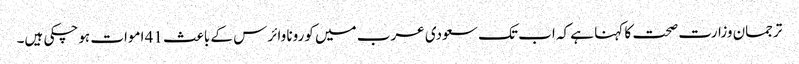
ترجمان وزارت صحت کا کہنا ہے کہ اب تک سعودی عرب میں کورونا وائرس کے باعث 41 اموات ہوچکی ہیں۔